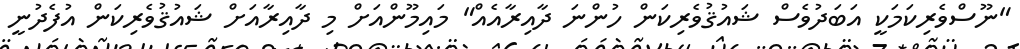
"ނޫސްވެރިކަމަކީ އަބަދުވެސް ޝައުޤުވެރިކަން ހުންނަ ދާއިރާއެއް" މައިމޫންއަށް މި ދާއިރާއަށް ޝައުޤުވެރިކަން އުފެދުނީ